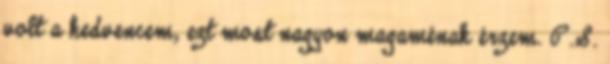
volt a kedvencem, ezt most nagyon magaménak érzem. P.S.